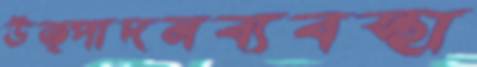
উত্পাদনব্যবস্থা